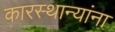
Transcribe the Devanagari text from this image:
कारस्थान्यांना